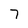
Character: 7